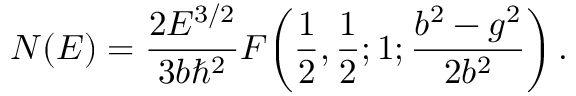
N ( E ) = { \frac { 2 E ^ { 3 / 2 } } { 3 b \hbar ^ { 2 } } } F \! \left( { \frac { 1 } { 2 } } , { \frac { 1 } { 2 } } ; 1 ; { \frac { b ^ { 2 } - g ^ { 2 } } { 2 b ^ { 2 } } } \right) .